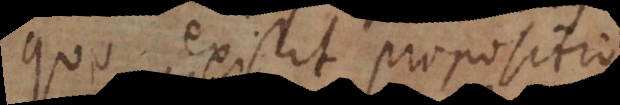
quo existit propositio.